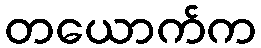
တယောက်က